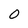
Character: 0